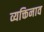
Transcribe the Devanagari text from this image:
व्यक्तिनाव